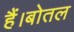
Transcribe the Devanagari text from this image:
हैं।बोतल